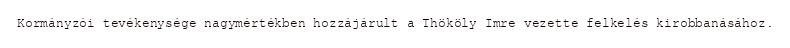
Kormányzói tevékenysége nagymértékben hozzájárult a Thököly Imre vezette felkelés kirobbanásához.